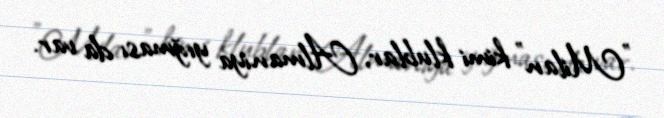
"Milan" kimi klublar, Almaniya yığması da var.